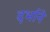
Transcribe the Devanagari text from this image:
दर्भाने